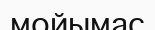
мойымас